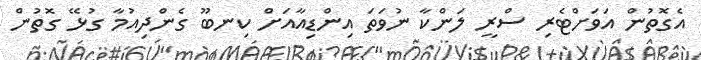
އެގޮތުން އަވަށްޓެރި ސްރީ ލަންކާ ނުވަތަ އިންޑިއާއަށް ކިނބޫ ގެންދިއުމާ ގުޅޭ ގޮތުން